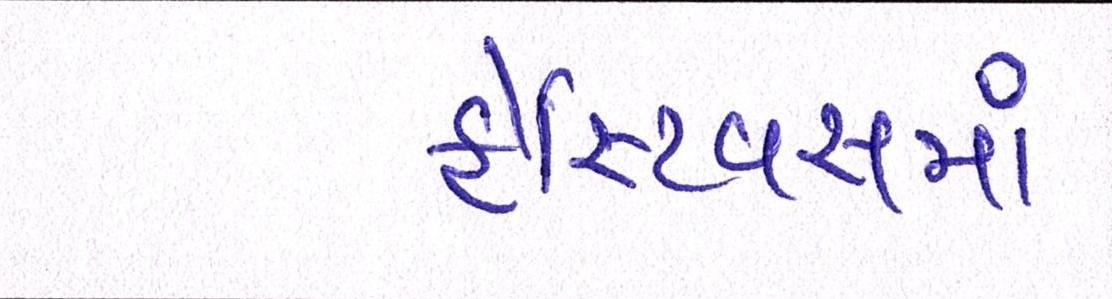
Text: ફેસ્ટિવસમાં